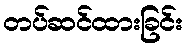
တပ်ဆင်ထားခြင်း